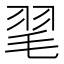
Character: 毣